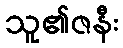
သူ၏ဇနီး